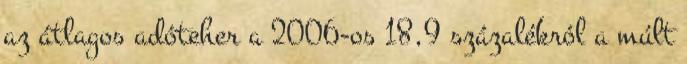
az átlagos adóteher a 2006-os 18,9 százalékról a múlt